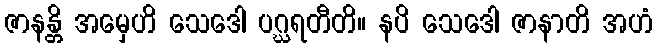
ဇာနန္တိ အမှေဟိ သေဒေါ ပဂ္ဃရတီတိ။ နပိ သေဒေါ ဇာနာတိ အဟံ